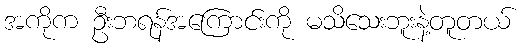
အကိုက ဦးဘရန်အကြောင်းကို မသိသေးဘူးနဲ့တူတယ်